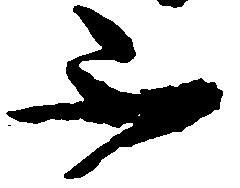
不